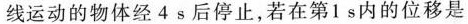
线运动的物体经 4 s 后停止，若在第 1 s 内的位移是